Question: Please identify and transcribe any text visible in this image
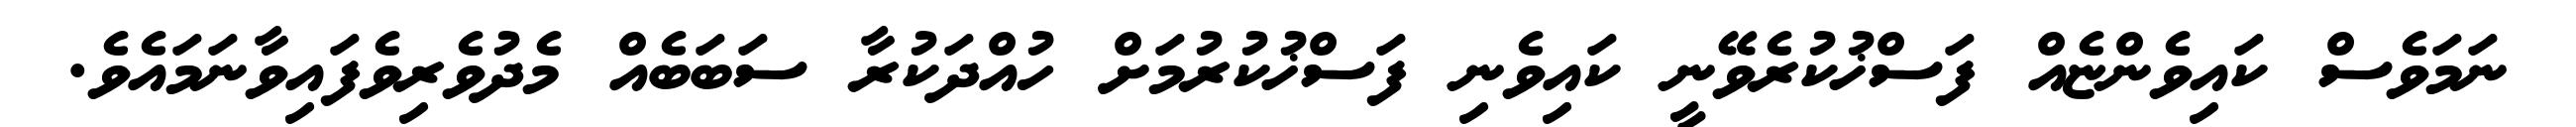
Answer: ނަމަވެސް ކައިވެންޏެއް ފަސްޚުކުރެވޭނީ ކައިވެނި ފަސްޚުކުރުމަށް ހުއްދަކުރާ ސަބަބެއް މެދުވެރިވެފައިވާނަމައެވެ.